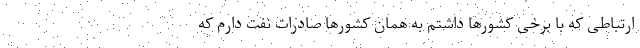
ارتباطی که با برخی کشورها داشتم به همان کشورها صادرات نفت دارم که